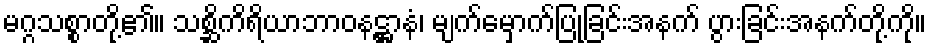
မဂ္ဂသစ္စာတို့၏။ သစ္ဆိကိရိယာဘာဝနဋ္ဌာနံ၊ မျက်မှောက်ပြုခြင်းအနက် ပွားခြင်းအနက်တို့ကို။